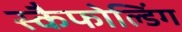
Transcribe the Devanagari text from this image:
स्कैफोल्डिंग